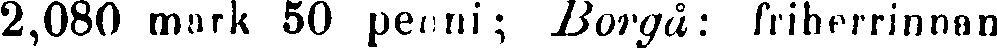
2,080 mark 50 penni; Borgå: friherrinnan